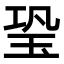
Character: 𤤶